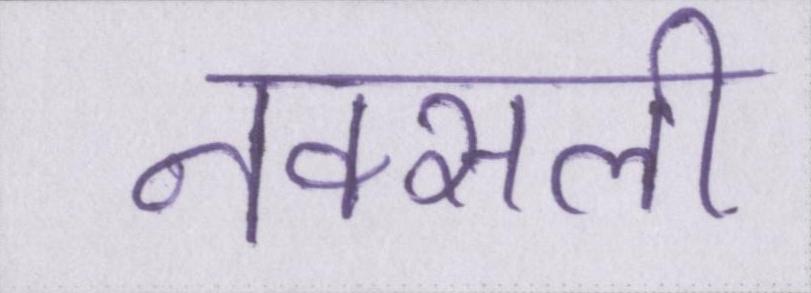
नक्सली